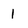
Character: 1